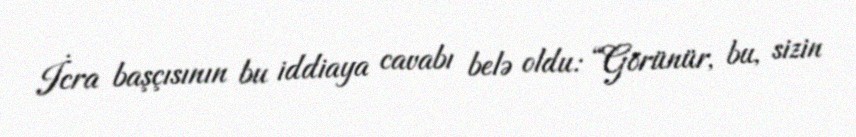
İcra başçısının bu iddiaya cavabı belə oldu: “Görünür, bu, sizin